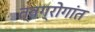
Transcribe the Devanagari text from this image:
त्वग्रोगांत